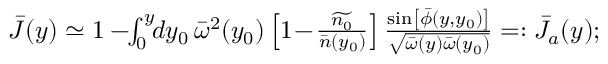
\begin{array} { r } { \bar { J } ( y ) \simeq 1 - \! \! \int _ { 0 } ^ { y } \! \! d y _ { 0 } \, { \bar { \omega } } ^ { 2 } ( y _ { 0 } ) \left[ 1 \! - \! \frac { \widetilde { n _ { 0 } } } { \bar { n } ( y _ { 0 } ) } \right] \frac { \sin \left[ \bar { \phi } ( y , y _ { 0 } ) \right] } { \sqrt { { \bar { \omega } } ( y ) { \bar { \omega } } ( y _ { 0 } ) } } = : \bar { J } _ { a } ( y ) ; } \end{array}